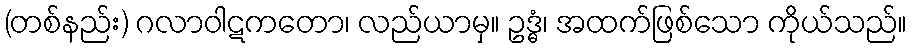
(တစ်နည်း) ဂလာဝါဋကတော၊ လည်ယာမှ။ ဥဒ္ဓံ၊ အထက်ဖြစ်သော ကိုယ်သည်။